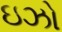
ઇઝો